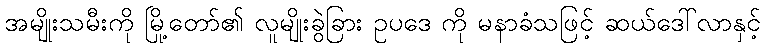
အမျိုးသမီးကို မြို့တော်၏ လူမျိုးခွဲခြား ဥပဒေ ကို မနာခံသဖြင့် ဆယ်ဒေါ်လာနှင့်